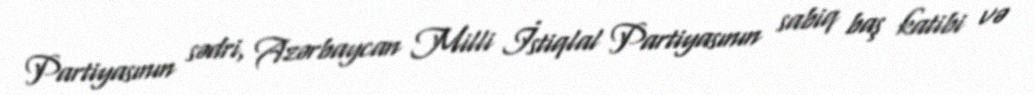
Partiyasının sədri, Azərbaycan Milli İstiqlal Partiyasının sabiq baş katibi və